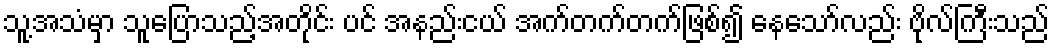
သူ့အသံမှာ သူပြောသည့်အတိုင်း ပင် အနည်းငယ် အက်တက်တက်ဖြစ်၍ နေသော်လည်း ဗိုလ်ကြီးသည်